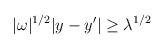
LaTeX: \begin{align*}|\omega|^{1/2} |y-y'|\ge \lambda^{1/2}\end{align*}